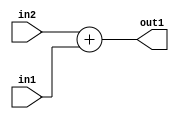
`timescale 1ps / 1ps
/*****************************************************************************
    Verilog RTL Description
    
    
    Created by: Stratus DpOpt 2019.1.01 
*******************************************************************************/

module SobelFilter_Add_13Sx9U_13S_4 (
	in2,
	in1,
	out1
	); /* architecture "behavioural" */ 
input [12:0] in2;
input [8:0] in1;
output [12:0] out1;
wire [12:0] asc001;

assign asc001 = 
	+(in2)
	+(in1);

assign out1 = asc001;
endmodule

/* CADENCE  ubL1Tgk= : u9/ySgnWtBlWxVPRXgAZ4Og= ** DO NOT EDIT THIS LINE ******/